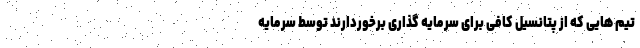
تیم هایی که از پتانسیل کافی برای سرمایه گذاری برخوردارند توسط سرمایه